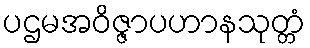
ပဌမအဝိဇ္ဇာပဟာနသုတ္တံ